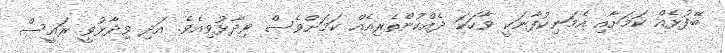
ބޭފުޅެއް ކަމަށާއި އެމަނިކުފާނަކީ ވާހަކަ ދެއްކުންތެރިއެއް ކަމަށްވެސް ވިދާޅުވިއެވެ. އަދި ވިދާޅުވީ ރައީސް